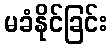
မခံနိုင်ခြင်း